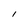
Character: I